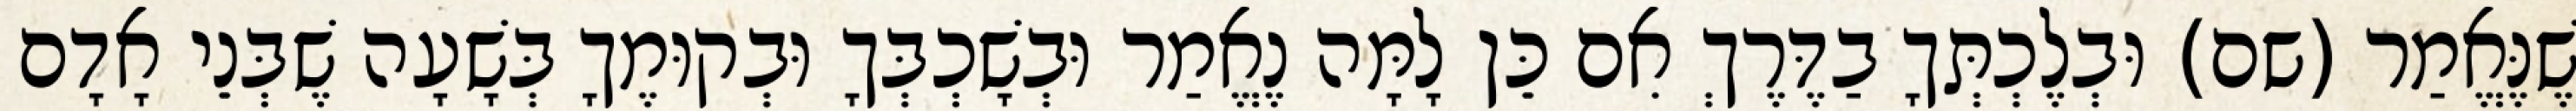
שֶׁנֶּאֱמַר (שם) וּבְלֶכְתְּךָ בַדֶּרֶךְ אִם כֵּן לָמָּה נֶאֱמַר וּבְשָׁכְבְּךָ וּבְקוּמֶךָ בְּשָׁעָה שֶׁבְּנֵי אָדָם